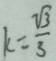
k = \frac { \sqrt { 3 } } { 3 }